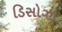
ડિસોઝા